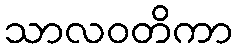
သာလဝတိကာ